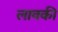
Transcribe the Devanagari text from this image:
लावकी